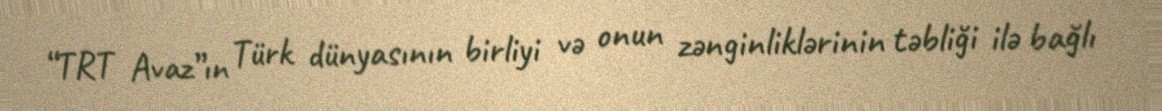
“TRT Avaz”ın Türk dünyasının birliyi və onun zənginliklərinin təbliği ilə bağlı